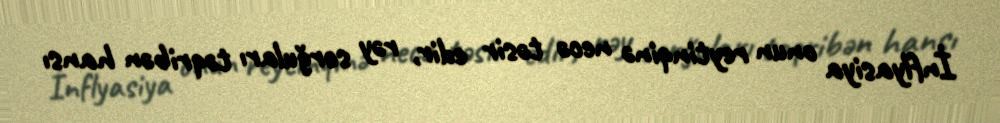
İnflyasiya onun reytinqinə necə təsir edir, rəy sorğuları təqribən hansı